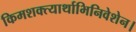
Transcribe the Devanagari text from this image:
किमशक्त्यार्थाभिनिवेशेन।